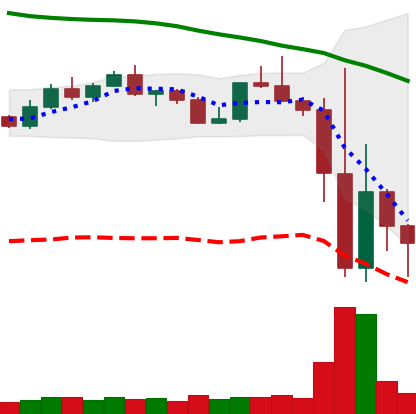
Ticker: TRX-USD
Chart end date: 2022-11-12
Forward return: -8.923%
Label: down_7plus